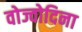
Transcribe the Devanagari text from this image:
वोज्वोदिना